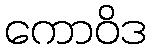
ကောဝိဒ